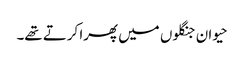
حیوان جنگلوں میں پھرا کرتے تھے۔